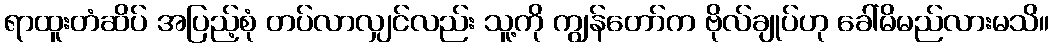
ရာထူးတံဆိပ် အပြည့်စုံ တပ်လာလျှင်လည်း သူ့ကို ကျွန်တော်က ဗိုလ်ချုပ်ဟု ခေါ်မိမည်လားမသိ။